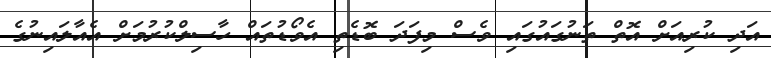
އަދި ކުރިއަށް އޮތް ތަނުގައުގައި ވެސް މިފަދަ ބޮޑެތި އެވޯޑުތައް ހާސިލްކުރުމަށް އެއާލައިނުގެ